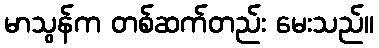
မာသွန်က တစ်ဆက်တည်း မေးသည်။